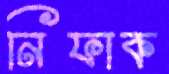
নিফাক